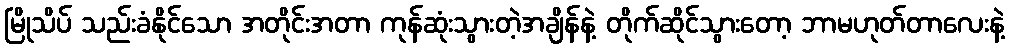
မြိုသိပ် သည်းခံနိုင်သော အတိုင်းအတာ ကုန်ဆုံးသွားတဲ့အချိန်နဲ့ တိုက်ဆိုင်သွားတော့ ဘာမဟုတ်တာလေးနဲ့